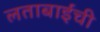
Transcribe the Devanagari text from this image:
लताबाईंची